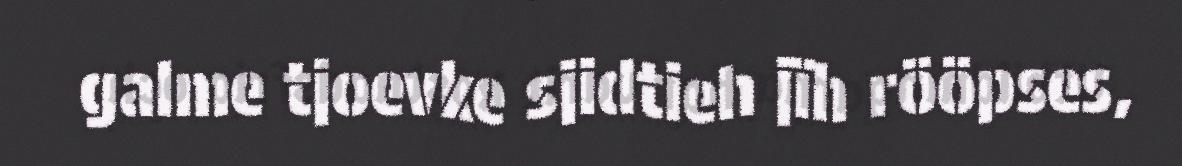
galme tjoevke sjidtieh jïh rööpses,